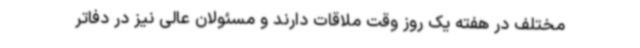
مختلف در هفته یک روز وقت ملاقات دارند و مسئولان عالی نیز در دفاتر